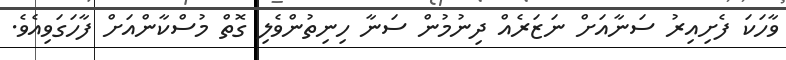
ވާހަކަ ފެށިއިރު ސަނާއަށް ނަޒަރެއް ދިނުމުން ސަނާ ހިނިތުންވެލި ގޮތް މުސްކާންއަށް ފާހަގަވިއެވެ.